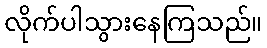
လိုက်ပါသွားနေကြသည်။